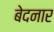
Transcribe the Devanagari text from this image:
बेदनार